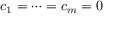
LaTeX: c _ { 1 } = \cdots = c _ { m } = 0